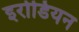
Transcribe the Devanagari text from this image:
इरोडियन